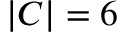
| C | = 6